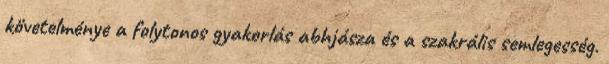
követelménye a folytonos gyakorlás abhjásza és a szakrális semlegesség.